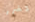
تضرر